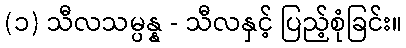
(၁) သီလသမ္ပန္န - သီလနှင့် ပြည့်စုံခြင်း။